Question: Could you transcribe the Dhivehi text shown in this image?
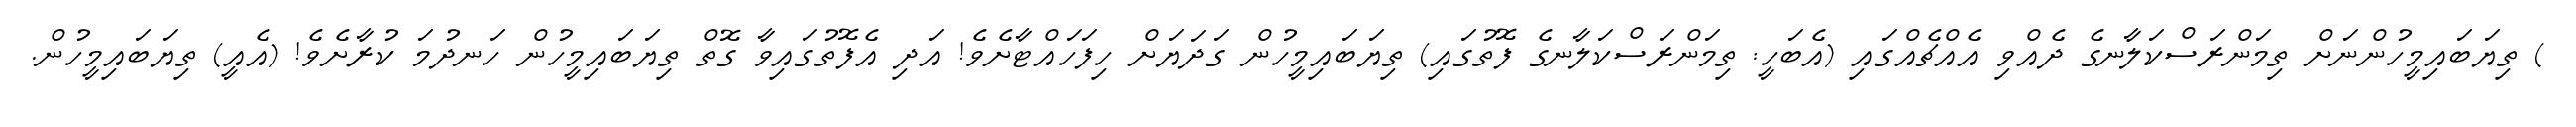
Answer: ) ތިޔަބައިމީހުންނަށް ތިމަންރަސްކަލާނގެ ދެއްވި އެއްޗެއްގައި (އެބަހީ: ތިމަންރަސްކަލާނގެ ފޮތުގައި) ތިޔަބައިމީހުން ގަދަޔަށް ހިފަހައްޓާށެވެ! އަދި އެފޮތުގައިވާ ގޮތް ތިޔަބައިމީހުން ހަނދުމަ ކުރާށެވެ! (އެއީ) ތިޔަބައިމީހުން.